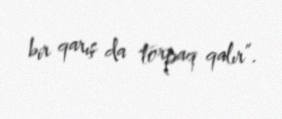
bir qarış da torpaq qalır”.